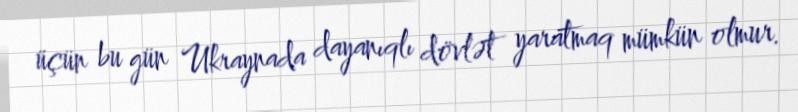
üçün bu gün Ukraynada dayanıqlı dövlət yaratmaq mümkün olmur.